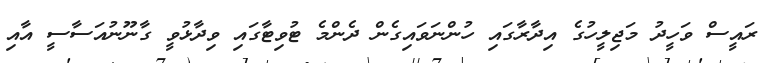
ރައީސް ވަހީދު މަޖިލީހުގެ އިދާރާގައި ހުންނަވައިގެން ދެންމެ ޓުވިޓާގައި ވިދާޅުވީ ގާނޫނުއަސާސީ އާއި